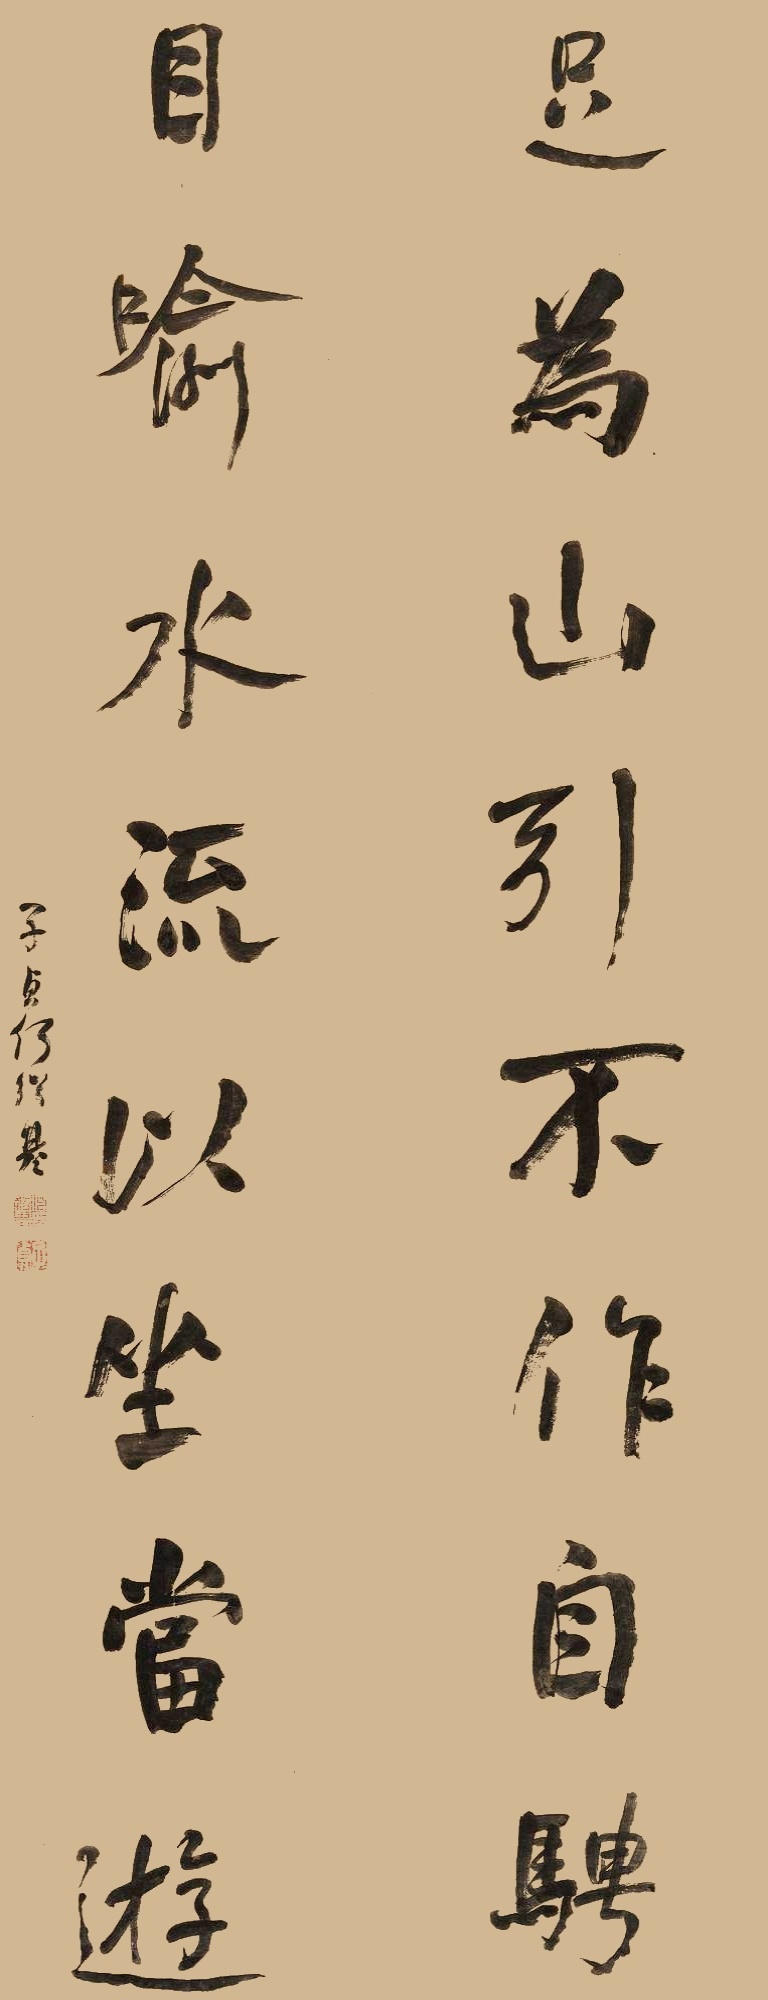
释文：足为山引不作自骋，目喻水流以坐当游。子贞何绍基。